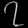
Digit: ၇